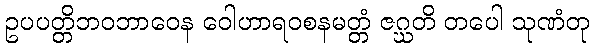
ဥပပတ္တိဘဝဘာဝေန ဝေါဟာရဝစနမတ္တံ ဇဂ္ဃတိ တပေါ သုဏံတု